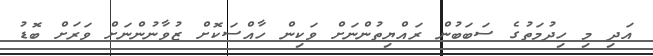
އަދި މި ހިދުމަތުގެ ސަބަބުން ރައްޔިތުންނަށް ވަކިން ހާއްސަކޮށް ޒުވާނުންނަށް ވަރަށް ބޮޑު